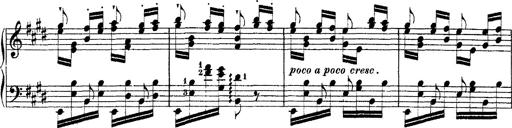
Title: Ã‰tudes d'exÃ©cution transcendante d'aprÃ¨s Paganini
Composer: Franz Liszt